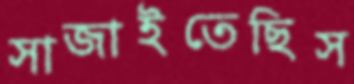
সাজাইতেছিস